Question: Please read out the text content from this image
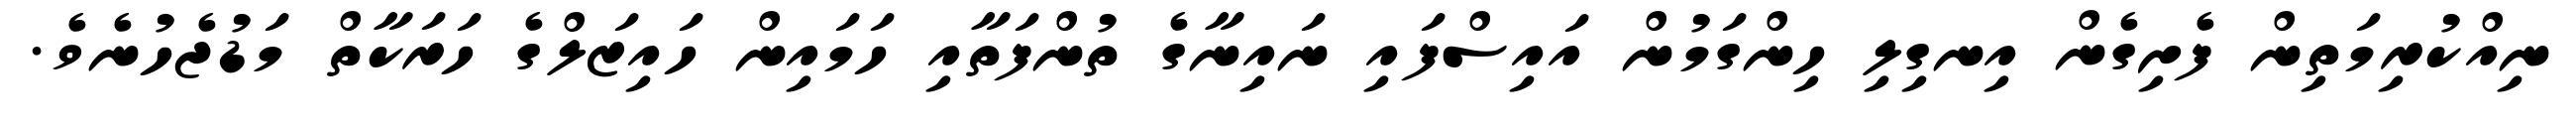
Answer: ނިއްކުރިމަތިން ފެށިގެން އިނގިލި ހިންގަމުން އައިސްފައި ނައިނާގެ ތުންފަތާއި ހަމައިން ހައިޒަލްގެ ހަރަކާތް މަޑުޖެހުނެވެ.